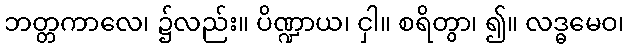
ဘတ္တကာလေ၊ ၌လည်း။ ပိဏ္ဍာယ၊ ငှါ။ စရိတွာ၊ ၍။ လဒ္ဓမေဝ၊